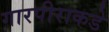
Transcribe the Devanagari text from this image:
गारपीराकडे